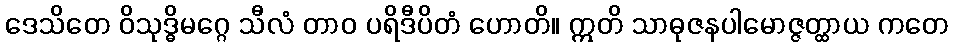
ဒေသိတေ ဝိသုဒ္ဓိမဂ္ဂေ သီလံ တာဝ ပရိဒီပိတံ ဟောတိ။ ဣတိ သာဓုဇနပါမောဇ္ဇတ္ထာယ ကတေ